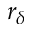
r _ { \delta }